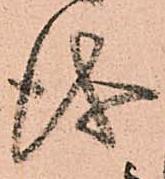
儀